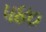
૫૪૦